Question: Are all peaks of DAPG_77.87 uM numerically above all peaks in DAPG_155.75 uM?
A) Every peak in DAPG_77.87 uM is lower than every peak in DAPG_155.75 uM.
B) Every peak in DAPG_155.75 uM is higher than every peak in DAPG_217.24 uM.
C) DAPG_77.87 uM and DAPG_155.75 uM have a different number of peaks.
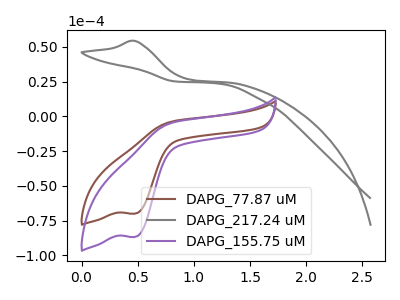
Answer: <think>The brown curve "DAPG_77.87 uM" has a cathodic peak at: (0.50V, -70.05uA). The gray curve "DAPG_217.24 uM" has an anodic peak at: (0.45V, 54.25uA). The purple curve "DAPG_155.75 uM" has a cathodic peak at: (0.50V, -86.80uA).</think>
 <answer>A) Every peak in "DAPG_77.87 uM" is lower than every peak in "DAPG_155.75 uM".</answer>
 <eval>A</eval>